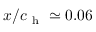
x / c _ { \mathrm { ~ h ~ } } \simeq 0 . 0 6